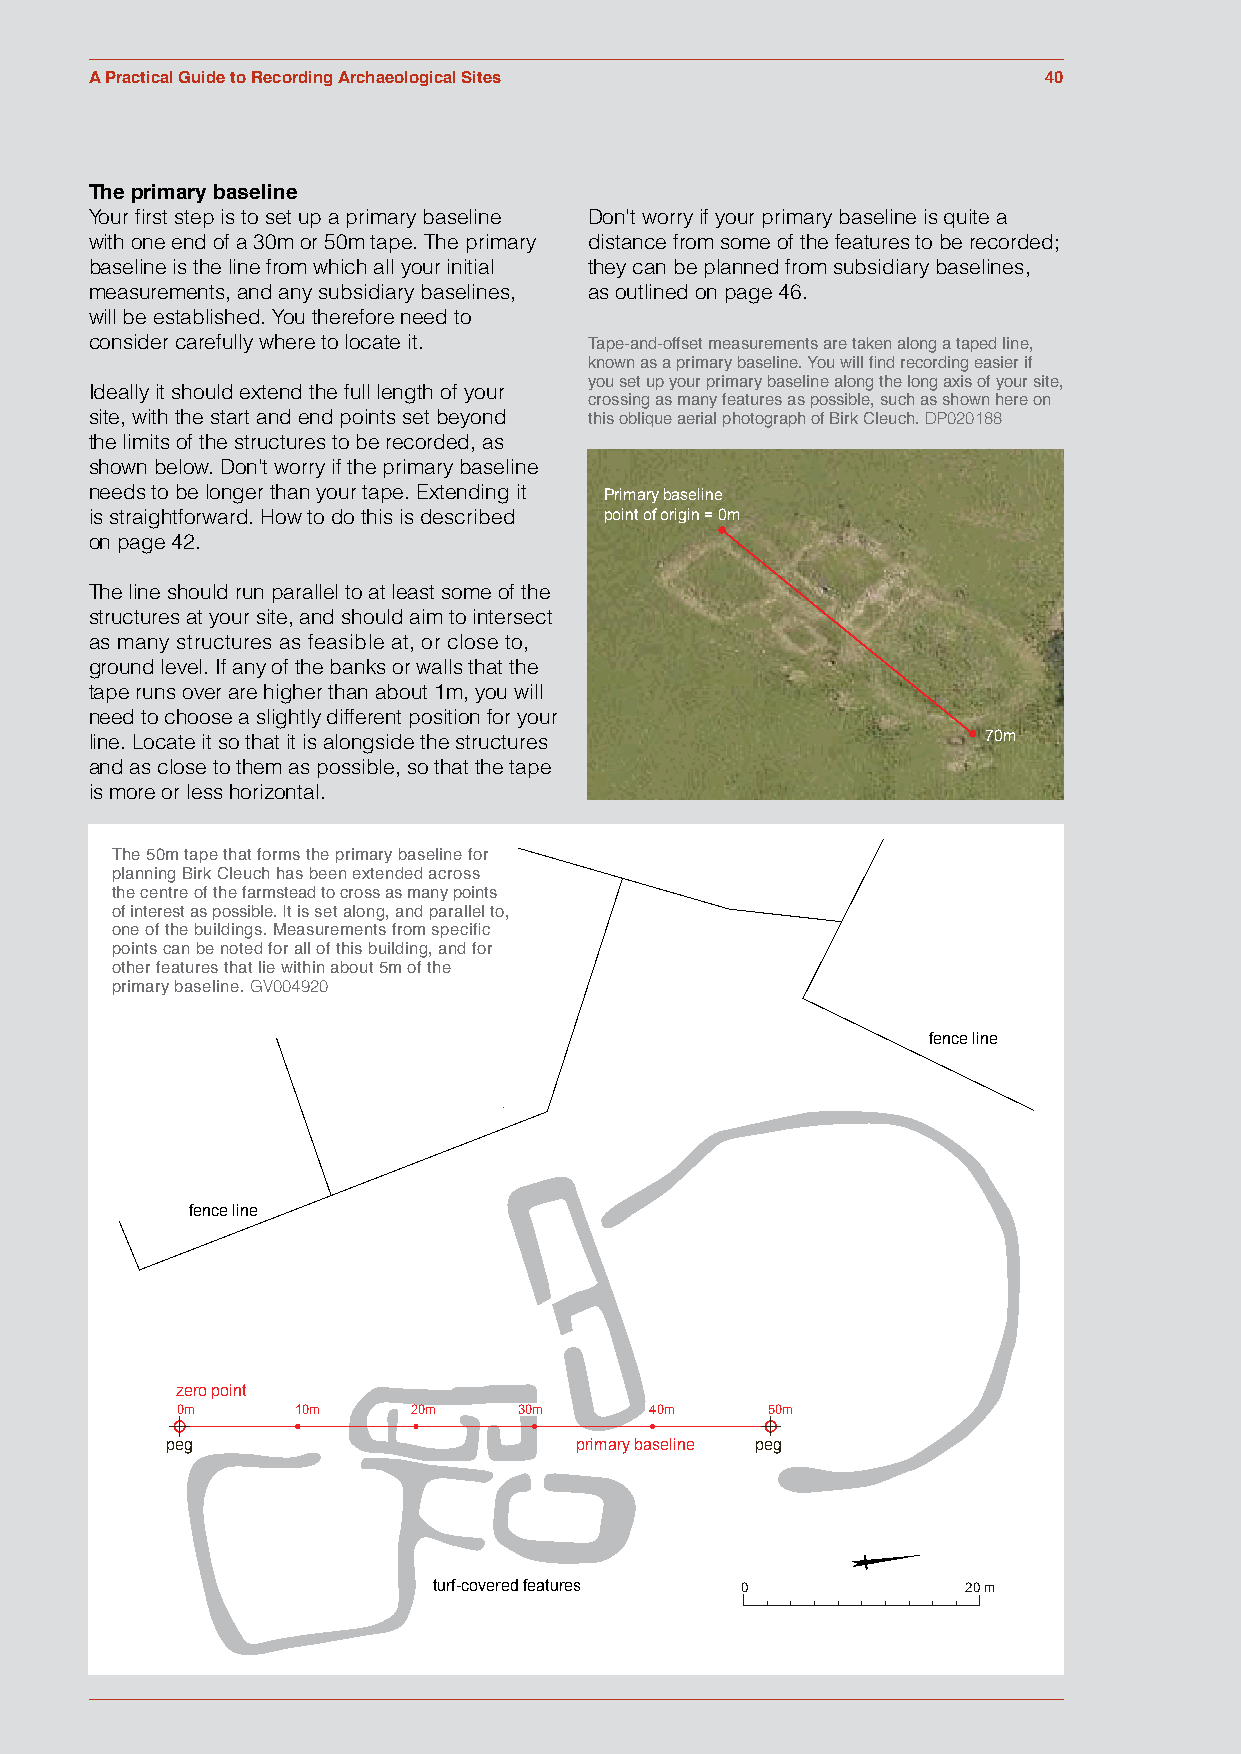
A Practical Guide to Recording Archaeological Sites            40
 The primary baseline
 Your first step is to set up Faig uprer 5im.7 ary baseline Don't worry if your primary baseline is quite a
 with one end of a 30m or 50m tape. The primary distance from some of the features to be recorded;
 baseline is the line from which all your initial they can be planned from subsidiary baselines,
 measurements, and any subsidiary baselines, as outlined on page 46.
 will be established. You therefore need to
 consider carefully where to locate it.
 Tape-and-offset measurements are taken along a taped line,
 known as a primary baseline. You will find recording easier if
 Ideally it should extend the full length of your you set up your primary baseline along the long axis of your site,
 crossing as many features as possible, such as shown here on
 site, with the start and end points set beyond this oblique aerial photograph of Birk Cleuch. DP020188
 the limits of the structures to be recorded, as
 shown below. Don’t worry if the primary baseline
 needs to be longer than your tape. Extending it Primary baseline
 is straightforward. How to do this is described point of origin = 0m
 on page 42.
 The line should run parallel to at least some of the
 structures at your site, and should aim to intersect
 as many structures as feasible at, or close to,
 ground level. If any of the banks or walls that the
 tape runs over are higher than about 1m, you will
 need to choose a slightly different position for your
 Figure 5.9 line. Locate it so that it is alongside the structures 70m
 and as close to them as possible, so that the tape
 is more or less horizontal.
 The 50m tape that forms the primary baseline for
 planning Birk Cleuch has been extended across
 the centre of the farmstead to cross as many points
 of interest as possible. It is set along, and parallel to,
 one of the buildings. Measurements from specific
 points can be noted for all of this building, and for
 other features that lie within about 5m of the
 primary baseline. GV004920
 fence line
 fence line
 zero point
 0m      10m    20m    30m      40m     50m
 peg                        primary baseline peg
 turf-covered features 0            20 m